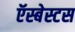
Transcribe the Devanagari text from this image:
ऍस्बेस्टस